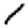
Digit: 1